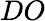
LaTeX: DO